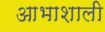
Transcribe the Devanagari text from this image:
आभाशाली